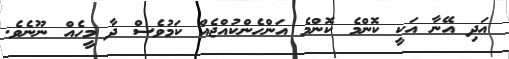
އަދި އޭނާ އަކީ ކޮންމެ ކޮންމެ އަންހެންކުއްޖެއް ކަމުވެސް ދާ މީހެއް ނޫނެވެ.